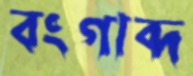
বংগাব্দ